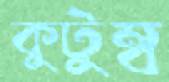
কুটুম্ব